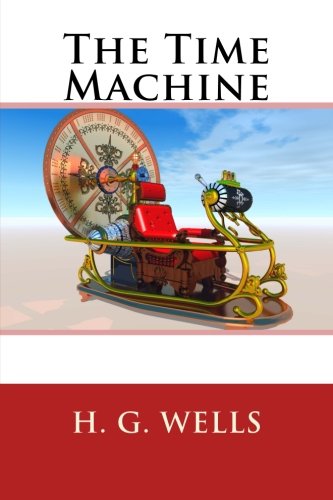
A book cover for The Time Machine; H. G. Wells; Science Fiction & Fantasy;